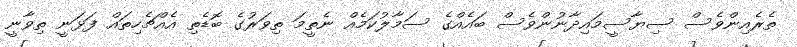
ތެރެއިންވެސް ސިޔާސީމައިދާނުންވެސް ބައެއްގެ ސަމާލުކަމެއް ނެތީމަ ތިވަރުގެ ބޮޑެތި އެއްޗެހިތައް ފަޅަނީ ތިވާނީ